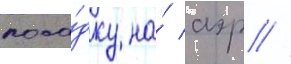
поса́дку на́ аэр //